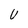
Character: U